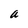
Character: a